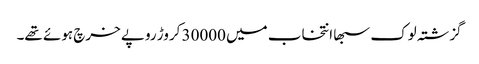
گزشتہ لوک سبھا انتخاب میں 30000 کروڑ روپے خرچ ہوئے تھے۔